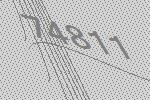
74811